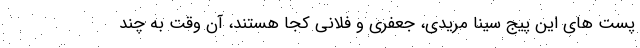
پست های این پیج سینا مریدی، جعفری و فلانی کجا هستند، آن وقت به چند